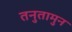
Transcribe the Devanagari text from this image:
तनुतामुन